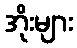
အိုးများ